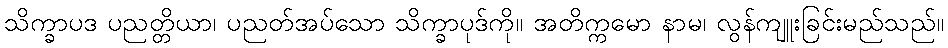
သိက္ခာပဒ ပညတ္တိယာ၊ ပညတ်အပ်သော သိက္ခာပုဒ်ကို။ အတိက္ကမော နာမ၊ လွန်ကျူးခြင်းမည်သည်။